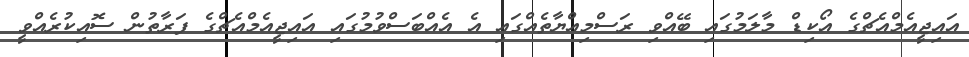
އައިޖީއެމްއެޗްގެ އޯކިޑް މާލަމުގައި ބޭއްވި ރަސްމިއްޔާތެއްގައި އެ އެއްބަސްވުމުގައި އައިޖީއެމްއެޗްގެ ފަރާތުން ސޮއިކުރެއްވީ